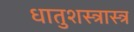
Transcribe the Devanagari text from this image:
धातुशस्त्रास्त्र